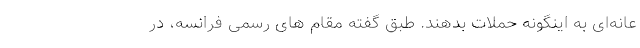
عانه‌ای به اینگونه حملات بدهند. طبق گفته مقام های رسمی فرانسه، در